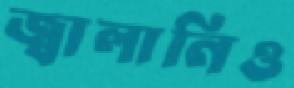
জ্বালানিও